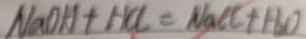
N a O H + H C l = N a C l + H _ { 2 } O